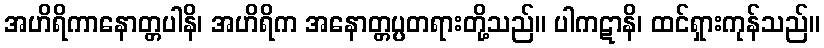
အဟိရိကာနောတ္တပါနိ၊ အဟိရိက အနောတ္တပ္ပတရားတို့သည်။ ပါကဋာနိ၊ ထင်ရှားကုန်သည်။